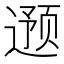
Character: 𮷦